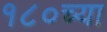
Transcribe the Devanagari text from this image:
१८०च्या